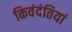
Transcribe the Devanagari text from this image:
किवंदंतियां